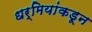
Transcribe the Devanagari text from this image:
धर्मियांकडून